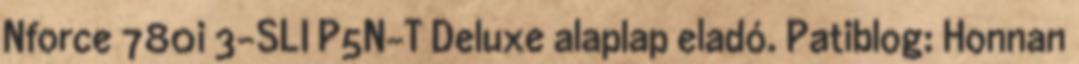
Nforce 780i 3-SLI P5N-T Deluxe alaplap eladó. Patiblog: Honnan